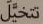
تتخيل